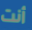
أنت